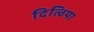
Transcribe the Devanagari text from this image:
दित्विया